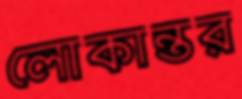
লোকান্তর